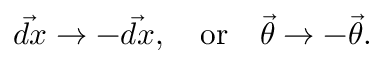
\vec { d x } \rightarrow - \vec { d x } , \quad \mathrm { o r } \quad \vec { \theta } \rightarrow - \vec { \theta } .